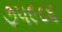
૭૫૯૮૬